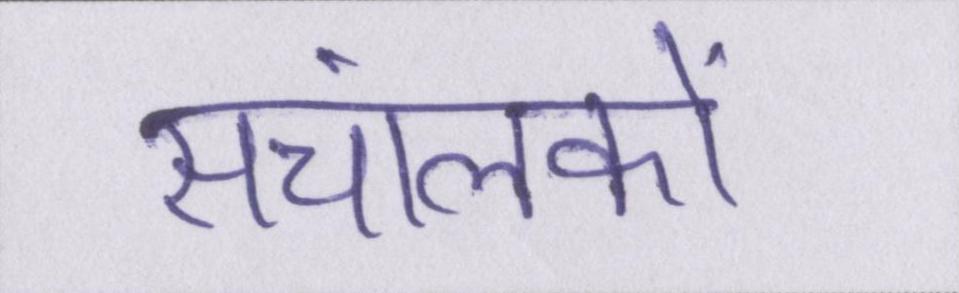
संचालकों